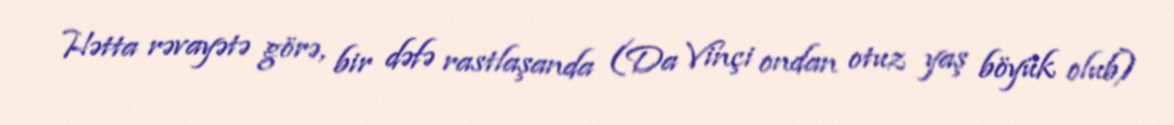
Hətta rəvayətə görə, bir dəfə rastlaşanda (Da Vinçi ondan otuz yaş böyük olub)